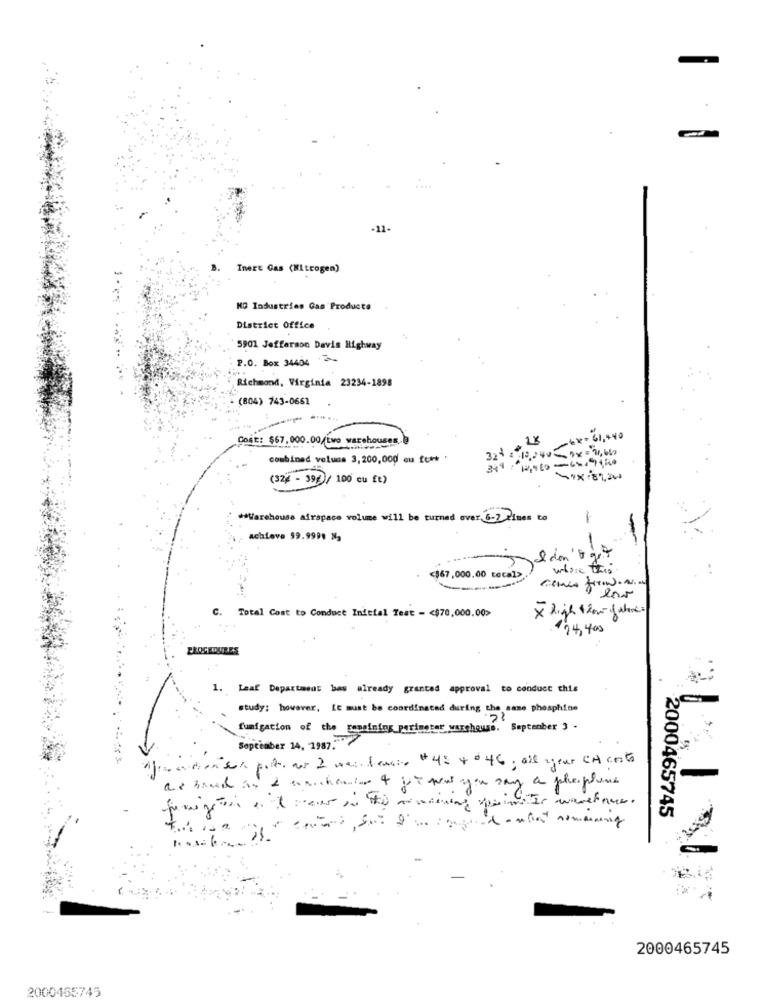
-11-
Inert Gas (Nitrogen)
MG Industries Gas Producto
District Office
5901 Jefferson Davis Highway
P.O. Box 34404
Richmond, Virginia 23234-1898
(804) 743-0661
COSE: $67,000.00/(Lwo warehouses
-64-61, 440
32+ 2 10,240 Rx = 7,64
combined volume 3,200,000 ou tutt'
(32% - 39€/ 100 cu ft)
** Warehouse afrapace volume will be turned over 6-7 times to
achieve 99.9998 N3
I don't go
where this.
<$67,000.00 total>
X high flow of whore :
C. Total Cost to Conduct Inicial Test - < $70,000.00>
174,400
PROCEDURES
1. Leaf Department has already granted approval to conduct this
study: however, It must be coordinated during the same phosphine
fumigation of the gameining perimeter warehouse. September 3 .
September 14, 1987."
the dron sul porta ar 2 maisdenso #45 4 046; off your CA costo
2000465745
2000465745
2000455745